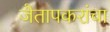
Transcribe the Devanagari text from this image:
जैतापकरांचा